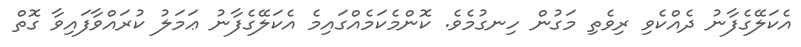
އެކަލޭގެފާނު ދެއްކެވި ރިވެތި މަގުން ހިނގުމެވެ. ކޮންމެކަމެއްގައިމެ އެކަލޭގެފާނު ޢަމަލު ކުރައްވާފައިވާ ގޮތް